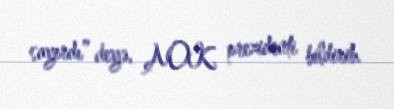
sayırdı” deyə, AOK prezidenti bildirib.